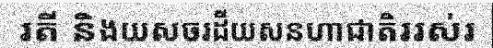
រតី និងយសចរដីយសនហាជាតិររស់រ